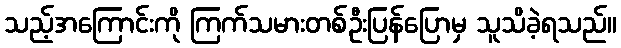
သည့်အကြောင်းကို ကြက်သမားတစ်ဦးပြန်ပြောမှ သူသိခဲ့ရသည်။